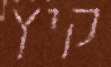
קיץ